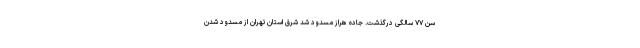
سن ۷۷ سالگی درگذشت. جاده هراز مسدود شد شرق استان تهران از مسدود شدن